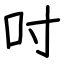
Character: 吋